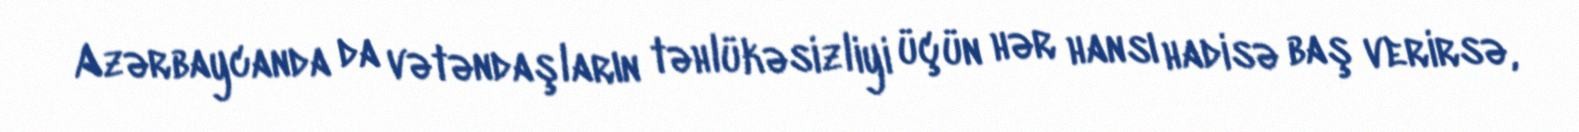
Azərbaycanda da vətəndaşların təhlükəsizliyi üçün hər hansı hadisə baş verirsə,